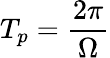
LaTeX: T_{p}=\frac{2\pi}{\Omega}